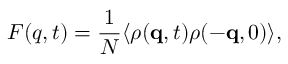
F ( q , t ) = \frac { 1 } { N } \langle \rho ( \mathbf { q } , t ) \rho ( - \mathbf { q } , 0 ) \rangle ,